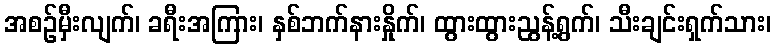
အစဉ်မှီးလျက်၊ ခရီးအကြား၊ နှစ်ဘက်နားနှိုက်၊ ထွားထွားညွန့်ရွက်၊ သီးချင်းရှက်သား၊